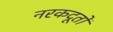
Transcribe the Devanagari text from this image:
नरकदूतों